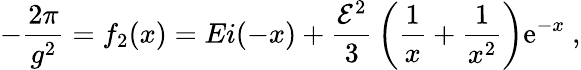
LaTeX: -{\frac{2\pi}{g^{2}}}=f_{2}(x)=Ei(-x)+{\frac{{\cal E}^{2}}{3}}\left({\frac{1}{x}}+{\frac{1}{x^{2}}}\right){\mathrm e}^{-x}\ ,